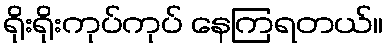
ရိုးရိုးကုပ်ကုပ် နေကြရတယ်။